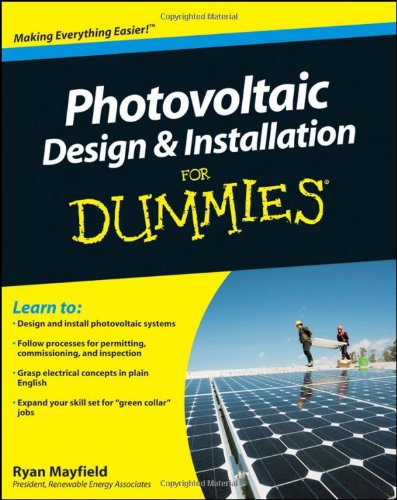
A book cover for Photovoltaic Design and Installation For Dummies; Ryan Mayfield; Engineering & Transportation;